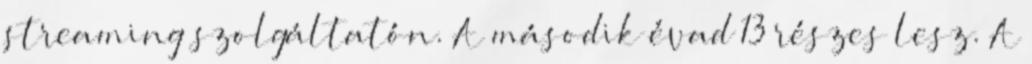
streaming szolgáltatón. A második évad 13 részes lesz. A